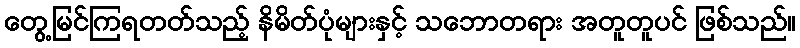
တွေ့မြင်ကြရတတ်သည့် နိမိတ်ပုံများနှင့် သဘောတရား အတူတူပင် ဖြစ်သည်။